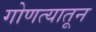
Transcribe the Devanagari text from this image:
गोणत्यातून